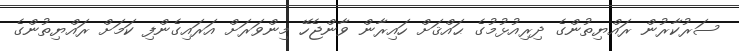
ސަރުކާރުން ރައްޔިތުންގެ ދިރިއުޅުމުގެ ޙައްޤަށް ހައިރާން ވާންޖެހޭ މިންވަރަށް އަރައިގެންފި ކަމަށް ރައްޔިތުންގެ